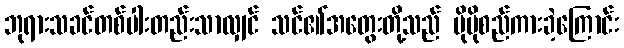
ဘုရားသခင်တစ်ပါးတည်းသာလျှင် သင်၏အတွေးတို့သည် ပိုမိုစည်ကားခဲ့ကြောင်း